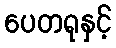
ပေတရုနှင့်